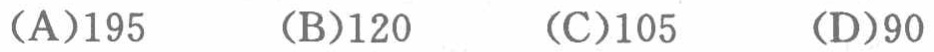
(A)195  (B)120  (C)105  (D)90